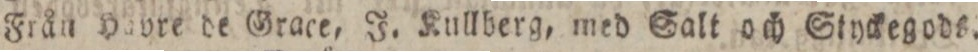
Från Havre de Grace, J. Kullberg, med Salt och Styckegods.